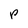
Character: P